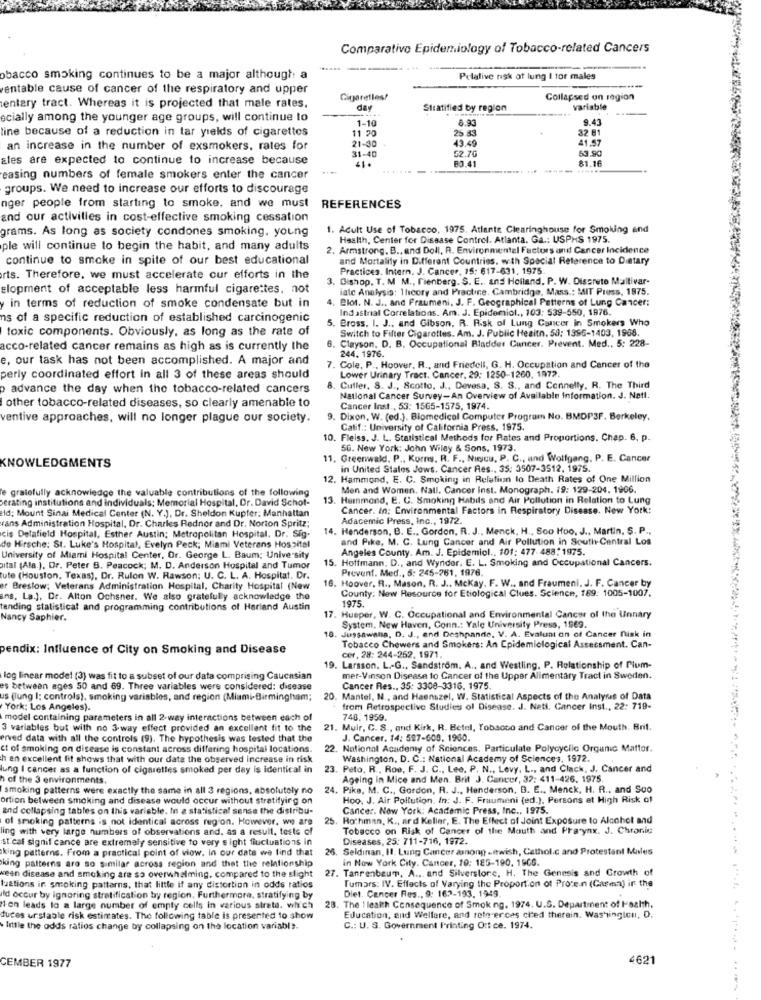
Comparativo Epidemiology of Tobacco-related Cancers
obacco smoking continues to be a major although a
Pelalive nsk of lung I tor males
ventable cause of cancer of the respiratory and upper
Cigaretles!
Collapsed on region
wentary tract. Whereas it is projected that male rates,
day
Stratified by region
variable
acially among the younger age groups, will continue to
1-10
8.93
9.43
line because of a reduction in tar yields of cigarettes
11 70
32 81
25.83
41.57
an increase in the number of exsmokers, rates for
21-30
43.49
53.90
Eles are expected to continue to increase because
.1.
31-40
52.70
83.41
81.16
easing numbers of female smokers enter the cancer
groups. We need to increase our efforts to discourage
nger people from starting to smoke, and we must
REFERENCES
and our activities in cost-effective smoking cessation
grams. As long as society condones smoking, young
1. Acult Use of Tobacco, 1975. Atlante Clearinghouse for Smoking and
Health, Center for Disease Control. Atlanta, Ga .: USPHS 1975.
ple will continue to begin the habit, and many adults
. Armstrong. B ., and Doll, R. Environmental Factors and Cancer Incidence
continue to smoke in spite of our best educational
and Mortality in Different Countries, with Special Reference to Dietary
Practices. Intern. J. Cancer, 15: 617-631, 1975.
rts. Therefore, we must accelerate our efforts in the
3. Dishop, T. M. M ., fienberg. S. E ., and Holland. P. W. Discrete Maltivar-
elopment of acceptable less harmful cigarettes, not
late Analysis: Theory and Practice. Cambridge, Mass .: MIT Press, 1975.
Blot. N. J ., and Fraumeni, J. F. Geographical Patterns of Lung Cancer:
y in terms of reduction of smoke condensate but in
Ind astral Correlations. Am. J. Epidemiol ., 103: 539-550, 1976.
ns of a specific reduction of established carcinogenic
Bross. I. J .. and Gibson. R. Risk of Lung Cancer in Smokers Who
toxic components. Obviously, as long as the rate of
Switch to Filter Cigarettes. Am. J. Public Health. 50: 1996-1403, 1968.
Clayson. D. B. Occupational Bladder Cancer. Prevent. Med ., 5: 228-
acco-related cancer remains as high as is currently the
244. 1976.
e, our task has not been accomplished. A major and
. Cole, P ., Hoover, R ., and Friedell, G. H. Occupation and Cancer of the
Lower Urinary Tract. Cancer. 29: 1250-1260, 1972
perly coordinated effort in all 3 of these areas should
p advance the day when the tobacco-related cancers
. Cutler, S. J ., Scotto, J ., Devesa. S. S ., and Connelly. R. The Third
National Cancer Survey-An Overview of Available Information. J. Natl.
other tobacco-related diseases, so clearly amenable to
Cancer Inst ., 53: 1565-1575, 1974.
ventive approaches, will no longer plague our society.
. Dixon, W. (ed.). Biomedical Computer Program No. BMDP3F. Berkeley,
Calif .: University of California Press. 1975.
10. Fleiss. J. L. Statistical Methods for Rates and Proportions. Chap. 6. p.
50. New York: John Wiley & Sons, 1973.
KNOWLEDGMENTS
11. Greenwald. P ., Korny, R. F ., Niejcu, P. C ., and Wolfgang, P. E. Cancer
in United States Jows. Cancer Res , 35: 3507-3512. 1975.
12. Hammond, E. C. Smoking in Relation to Death Rates of One Million
le gratefully acknowledge the valuable contributions of the following
Men and Women. Nall, Cancer inst. Monograph. 19: 129-204. 1906.
berating institutions and individuals: Memorial Hospital, Dr. David Schot-
13. Hammond, E. C. Smoking Habils and Air Pollution in Relation to Lung
Id: Mount Sinai Medical Center (N. Y.), Dr. Sheldon Kupfer; Manhattan
Cancer. In: Environmental Factors in Respiratory Disease. New York:
rans Administration Hospital, Dr. Charles Redner and Dr. Norton Spritz;
Adacemic Press, Inc ., 1972.
14. Henderson, B. E ., Gordon, R. J ., Menck, H ., Soo Hoo, J ., Martin, S. P .,
cis Delafield Hospital, Esther Austin; Metropolitan Hospital. Dr. Sig-
and Pike, M. C. Lung Cancer and Air Pollution in South-Central Los
de Hirsche: St. Luke's Hospital, Evelyn Peck; Miami Veterans Hospital
Angeles County. Am. J. Epidemiol ., 101: 477. 488:1975
University of Miami Hospital Center, Or. George L. Baum; University
15. Hoffmann, D ., and Wynder, E. L. Smoking and Occupational Cancers.
ital (Ala.). Dr. Peter B. Peacock; M. D. Anderson Hospital and Tumor
Prevent. Med ., 5: 245-261, 1976.
tute (Houston, Texas), Dr. Rulon W. Rawson: U. C. L. A. Hospital, Dr.
16. Hoover. R ., Mason, R. J .. Mckay. F. W .. and Fraumeni. J. F. Cancer by
er Breslow; Veterans Administration Hospital, Charity Hospital (New
County: New Resource for Etiological Clues. Science, 189: 1005-1007.
ins. La.], De. Alton Ochsner. We also gratefully acknowledge the
1975
tanding statistical and programming contributions of Harland Austin
Nancy Saphier.
17. Husper, W. C. Occupational and Environmental Cancer of the Unnary
18. Jussawalla, D. J ., and Deshpande, V. A. Evaluni on of Cancer Risk in
System, New Haven, Conn .: Yale University Press, 1969.
pendix: Influence of City on Smoking and Disease
Tobacco Chewers and Smokers: An Epidemiological Assessment. Can-
cer, 28: 244-252. 1971.
19. Larsson. L .- G ., Sandstrom. A ., and Westling. P. Relationship of Plum-
log linear model (3) was fit to a subset of our data comprising Caucasian
mer-Vinson Disease to Cancer of the Upper Alimentary Tract in Sweden.
es between ages 50 and 69. Three variables were considered: disease
Cancer Res ., 35: 3306-3316. 1975.
us (lung I: controls), smoking variables, and region (Miami-Birmingham;
20.
Mantel, N ., and Haenszel, W. Statistical Aspects of the Analymus of Data
York; Los Angeles).
from Retrospective Studies of Disease. J. Nati. Cancer Inst ., 22: 719-
model containing parameters in all 2-way interactions between each of
740. 1959.
3 variables but with no 3-way effect provided an excellent fit to the
21. Muir, C. S ., and Kirk, R. Betel, Tobacco and Cancer of the Mouth, Bril.
erved data with all the controls (9). The hypothesis was tested that the
J. Cancer. 14: 587-609. 1960.
ct of smoking on disease is constant across differing hospital locations.
22. National Academy of Sciences. Particulate Polycyclic Organic Matter.
h an excellent fit shows that with our data the observed increase in risk
Washington, D. C .: National Academy of Sciences, 1972.
lung I cancer as a function of cigarettes smoked per day is identical in
23. Peto, R ., Roo, F. J. C ., Lee, P. N ., Levy, L ., and Clack, J. Cancer and
h of the 3 environments.
Ageing In Mice and Men. Brit J. Cancer, 32: 411-426. 1975
smoking patterns were exactly the same in all 3 regions, absolutely no
. Pike, M. C ., Gordon, R. J ., Henderson, B. E ., Menck, H. R ., and Soo
ortion between smoking and disease would occur without stratifying on
Hoo. J. Air Pollution, In: J. F. Fraumeni (ed.), Persons at High Risk of
and collapsing tables on this variable. In a statistical sense the distribu-
Cancer. New York: Academic Press, Inc ., 1975.
of smoking patterns is not identical across region. However, we are
25
Rothman, K ., ard Keller, E. The Effect of Joint Exposure to Alcohol and
ling with very large numbers of observations and, as a result, tests of
Tobacco on Risk of Cancer of the Mouth and Praynx. J. Chronic
st cal signif cance are extremely sensitive to very s ight fluctuations in
Diseases, 25: 711-716, 1972.
king patterns. From a practical point of view. In our data we find that
26. Seldinan, Il. Lung Cancer among .Iwish, Cathol.c and Protestant Males
king patterns are so similar across region and that the relationship
in Now York City. Cancer, 10: 185-190. 1966.
27. Tanrenbeur, A ., and Silverstone, H. The Genesis and Growth of
veen disease and smoking are so overwhelming, compared to the slight
Tumars: IV. Effects of Varying the Proportion of Protein (Casa) in the
tuations ir smoking patterns, that little if any distortion in odds ratios
Diet. Cancer Res ., 9: 162-193, 1949.
Ild occur by ignoring stratification by region. Furthermore, stratifying by
28. The I lealth Consequence of Smoking. 1974. U.S. Department of Health,
Hon leads to a large number of empty cells in various strata. which
tuces urstable risk estimates. The following table is presented to show
Education, and Wellere, and references cited therain. Washington, D.
. little the odds ratios change by collapsing on the location variable.
C .: U. S. Government Printing Ort ce. 1974.
4621
CEMBER 1977
............